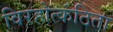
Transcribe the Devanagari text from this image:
विरहोत्कंठिता